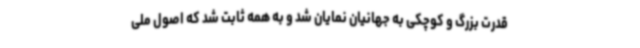
قدرت بزرگ و کوچکی به جهانیان نمایان شد و به همه ثابت شد که اصول ملی